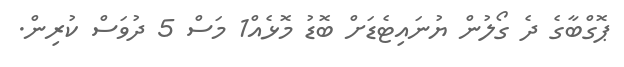
ޕޮގްބާގެ ދެ ގޯލުން ޔުނައިޓެޑަށް ބޮޑު މޮޅެއް1 މަސް 5 ދުވަސް ކުރިން.